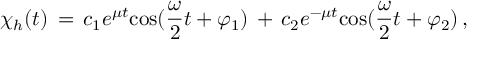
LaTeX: \chi _ { h } ( t ) \, = \, c _ { 1 } e ^ { \mu t } \mathrm { c o s } ( { \frac { \omega } { 2 } } t + \varphi _ { 1 } ) \, + \, c _ { 2 } e ^ { - \mu t } \mathrm { c o s } ( { \frac { \omega } { 2 } } t + \varphi _ { 2 } ) \, ,